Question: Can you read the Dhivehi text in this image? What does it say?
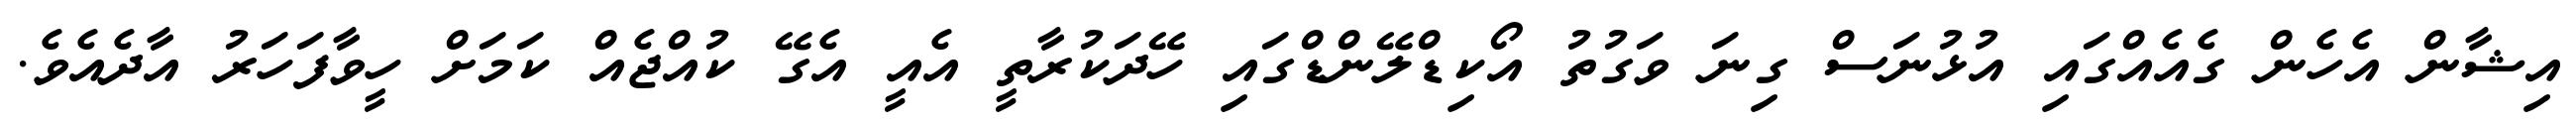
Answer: އިޝާން އެހެން ގެއެއްގައި އުޅުނަސް ގިނަ ވަގުތު އޯކިޑްލޭންޑްގައި ހޭދަކުރާތީ އެއީ އެގޭ ކުއްޖެއް ކަމަށް ހީވާފަހަރު އާދެއެވެ.